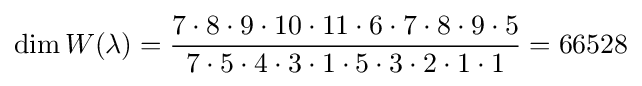
\dim W(\lambda )={\frac {7\cdot 8\cdot 9\cdot 10\cdot 11\cdot 6\cdot 7\cdot 8\cdot 9\cdot 5}{7\cdot 5\cdot 4\cdot 3\cdot 1\cdot 5\cdot 3\cdot 2\cdot 1\cdot 1}}=66528